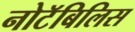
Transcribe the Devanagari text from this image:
नोटॅबिलिस